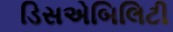
ડિસએબિલિટી